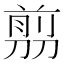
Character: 𠞽